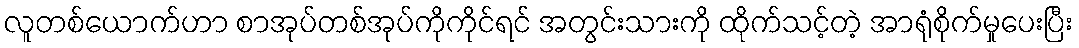
လူတစ်ယောက်ဟာ စာအုပ်တစ်အုပ်ကိုကိုင်ရင် အတွင်းသားကို ထိုက်သင့်တဲ့ အာရုံစိုက်မှုပေးပြီး